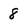
Character: 8